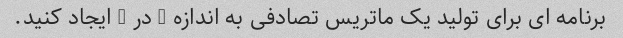
برنامه ای برای تولید یک ماتریس تصادفی به اندازه n در m ایجاد کنید.